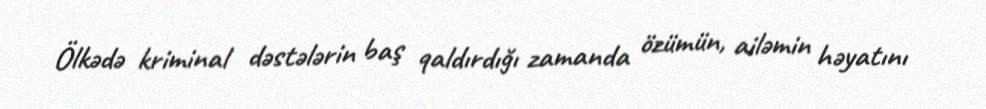
Ölkədə kriminal dəstələrin baş qaldırdığı zamanda özümün, ailəmin həyatını